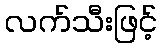
လက်သီးဖြင့်